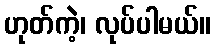
ဟုတ်ကဲ့၊ လုပ်ပါမယ်။